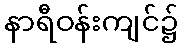
နာရီဝန်းကျင်၌